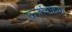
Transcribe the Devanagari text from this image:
ऊर्जावाहक